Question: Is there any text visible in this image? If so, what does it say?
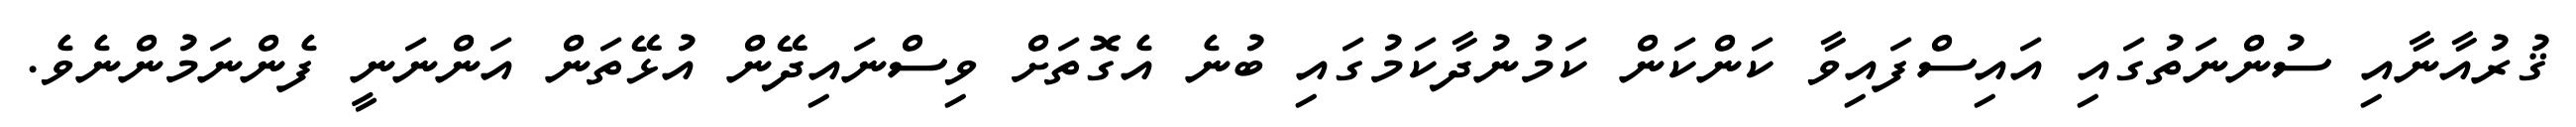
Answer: ޤުރުއާނާއި ސުންނަތުގައި އައިސްފައިވާ ކަންކަން ކަމުނުދާކަމުގައި ބުނެ އެގޮތަށް ވިސްނައިދޭން އުޅޭތަން އަންނަނީ ފެންނަމުންނެވެ.